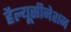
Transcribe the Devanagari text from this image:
हैल्यूसीनेशन